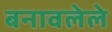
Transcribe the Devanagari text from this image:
बनावलेले